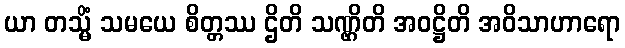
ယာ တသ္မိံ သမယေ စိတ္တဿ ဌိတိ သဏ္ဌိတိ အဝဋ္ဌိတိ အဝိသာဟာရော